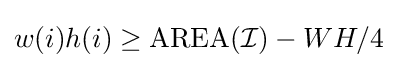
w(i)h(i)\geq \mathrm {AREA} ({\mathcal {I}})-WH/4